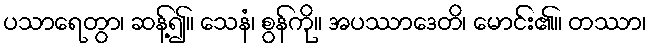
ပသာရေတွာ၊ ဆန့်၍။ သေနံ၊ စွန်ကို။ အပဿာဒေတိ၊ မောင်း၏။ တဿာ၊